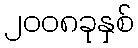
၂၀၀၈ခုနှစ်